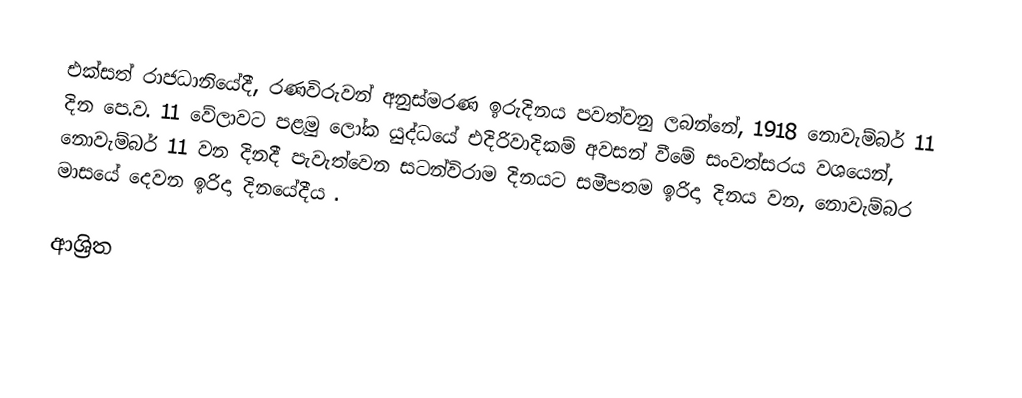
එක්සත් රාජධානියේදී, රණවිරුවන් අනුස්මරණ ඉරුදිනය පවත්වනු ලබන්නේ, 1918 නොවැම්බර් 11 දින පෙ.ව. 11 වේලාවට පළමු ලෝක යුද්ධයේ එදිරිවාදිකම් අවසන් වීමේ සංවත්සරය වශයෙන්,  නොවැම්බර් 11 වන දිනදී පැවැත්වෙන  සටන්විරාම දිනයට සමීපතම ඉරිදා දිනය වන, නොවැම්බර මාසයේ දෙවන ඉරිදා දිනයේදීය .

ආශ්‍රිත